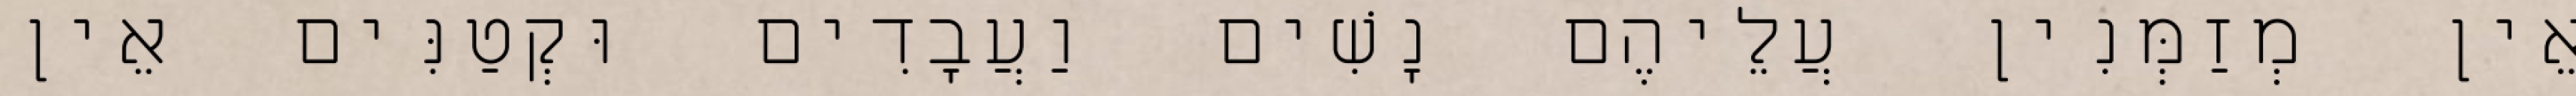
אֵין מְזַמְּנִין עֲלֵיהֶם נָשִׁים וַעֲבָדִים וּקְטַנִּים אֵין